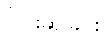
ငြင်းဆိုခြင်း